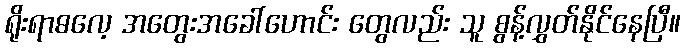
ရိုးရာဓလေ့ အတွေးအခေါ်ဟောင်း တွေလည်း သူ စွန့်လွှတ်နိုင်နေပြီ။